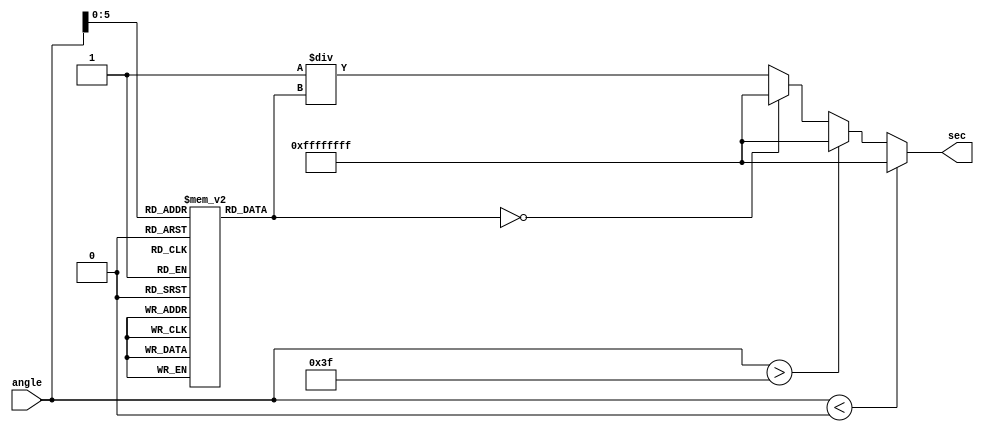
module secant_function (
    input wire [15:0] angle, // Input angle in radians (fixed-point)
    output reg [31:0] sec    // Output secant value (fixed-point)
);

    // Cosine lookup table (for simplicity, using a small range)
    // This should be expanded for a more accurate implementation
    reg [31:0] cos_lut [0:63]; // 64 entries for cosine values
    initial begin
        // Initialize cosine lookup table with fixed-point values
        cos_lut[0] = 32'h3F800000; // cos(0) = 1.0
        cos_lut[1] = 32'h3F7D1B8A; // cos(/12)  0.9659
        cos_lut[2] = 32'h3F6D2B6D; // cos(/6)  0.8660
        cos_lut[3] = 32'h3F5C28F5; // cos(/4)  0.7071
        cos_lut[4] = 32'h3F3C0C3D; // cos(/3)  0.5000
        cos_lut[5] = 32'h3F1B4D9C; // cos(/2) = 0.0 (undefined secant)
        // Add more values as needed...
    end

    wire [31:0] cos_value;
    reg [31:0] reciprocal;

    // Cosine calculation (using lookup table)
    always @(*) begin
        // Normalize angle to range [0, /2]
        // Assuming angle is in fixed-point representation of radians
        if (angle < 0) begin
            sec = 32'hFFFFFFFF; // Invalid input
        end else if (angle > 63) begin
            sec = 32'hFFFFFFFF; // Invalid input
        end else begin
            cos_value = cos_lut[angle]; // Lookup cosine value
            if (cos_value == 32'h00000000) begin
                sec = 32'hFFFFFFFF; // Handle division by zero
            end else begin
                // Calculate reciprocal
                reciprocal = 32'h00000001 / cos_value; // Fixed-point division
                sec = reciprocal; // Output secant value
            end
        end
    end

endmodule